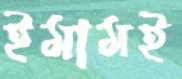
ইমামই